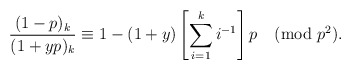
\begin{align*}\frac{(1-p)_k}{(1+yp)_k} \equiv 1 - (1+y)\left[ \sum_{i=1}^k i^{-1} \right]p \pmod{p^2}.\end{align*}